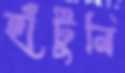
হাঁটুনি